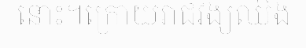
នោះ។ក្រោយរាជវង្សឈិង